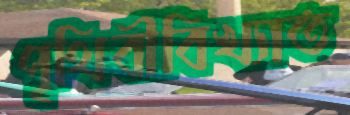
পৃথিবীবিখ্যাত